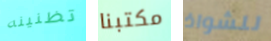
تظنينه مكتبنا للشواذ